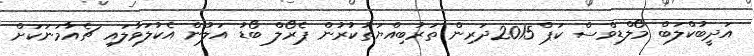
އަދީބުކްލަބް މޯލްޑިވްސް ކަޕް 2015ދަރިން ތަރުބިއްޔަތުކުރުން ޕެރޯލް ބޯޑު އަލުން އެކުލަވާލައި ޗެއާމަނަކަށް